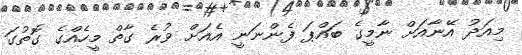
މިއަދު އޭނާއަށް ނާމީގެ ބައްޕަ ފެންނަނީ އެއަށް ވުރެ ގާތް މީހެއްގެ ގޮތުގަ